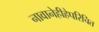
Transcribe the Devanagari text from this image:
नावानेहीहेपरिचित